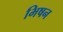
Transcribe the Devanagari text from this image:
भिषन